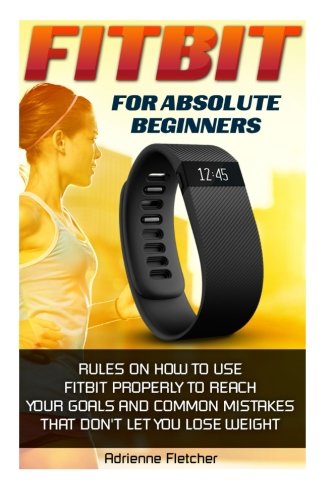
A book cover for Fitbit For Absolute Beginners: Rules On How To Use Fitbit Properly to Reach Your Goals And Common Mistakes That Don't Let You Lose Weight: (Fitbit, ... Running) (Running and Aerobics) (Volume 3); Adrienne Fletcher; Health, Fitness & Dieting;